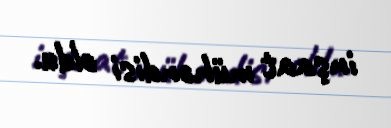
inşaat mühəndisi oldu.